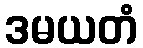
ဒမယတံ